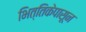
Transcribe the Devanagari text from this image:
भित्तिकेपासून